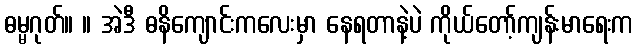
ဓမ္မဂုတ်။ ။ အဲဒီ ဓနိကျောင်းကလေးမှာ နေရတာနဲ့ပဲ ကိုယ်တော့်ကျန်းမာရေးက